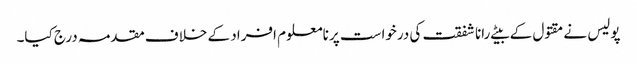
پولیس نے مقتول کے بیٹے رانا شفقت کی درخواست پر نامعلوم افراد کے خلاف مقدمہ درج کیا۔